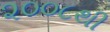
૨૦૦૮થી